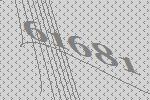
61681